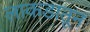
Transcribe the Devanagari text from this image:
लाकडातून